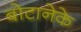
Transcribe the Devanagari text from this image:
बोटानेके